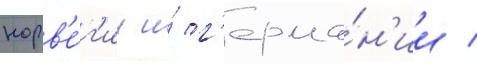
норв'е́г'ии и́ г'ерма́н'ии /